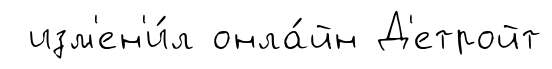
изм'ен'и́л онла́йн Д'етройт